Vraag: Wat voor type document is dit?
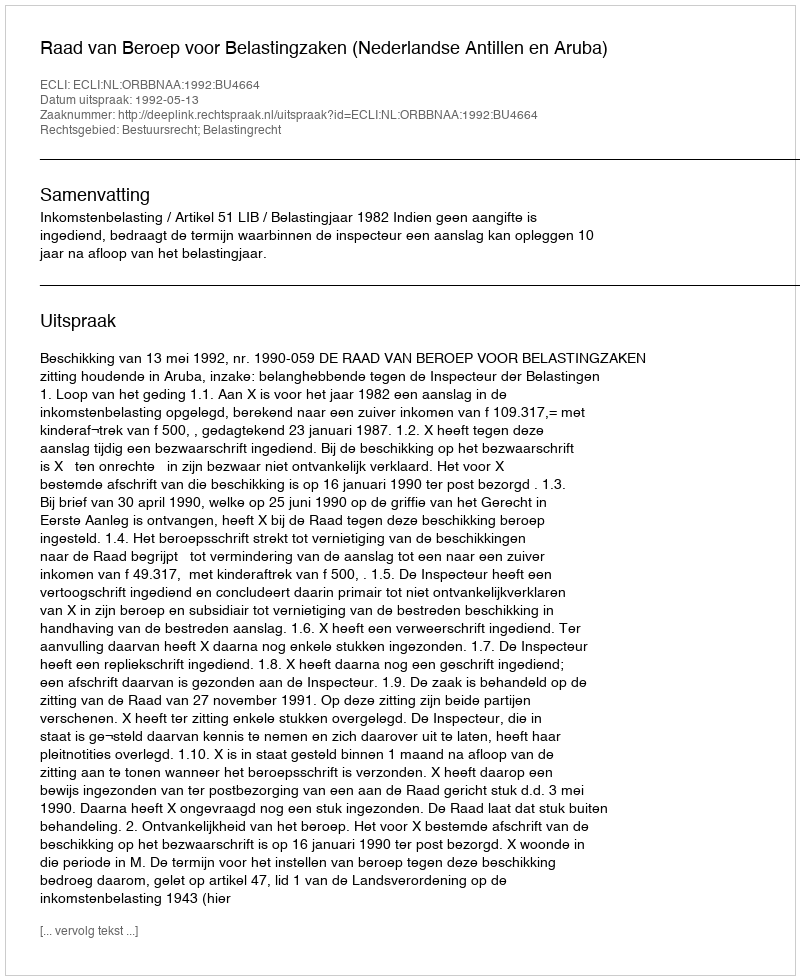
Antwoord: Uitspraak